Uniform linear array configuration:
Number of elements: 16
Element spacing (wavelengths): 1
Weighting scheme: cosine
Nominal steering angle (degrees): -30
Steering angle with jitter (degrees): -29.923
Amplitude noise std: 0.05
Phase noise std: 0.05

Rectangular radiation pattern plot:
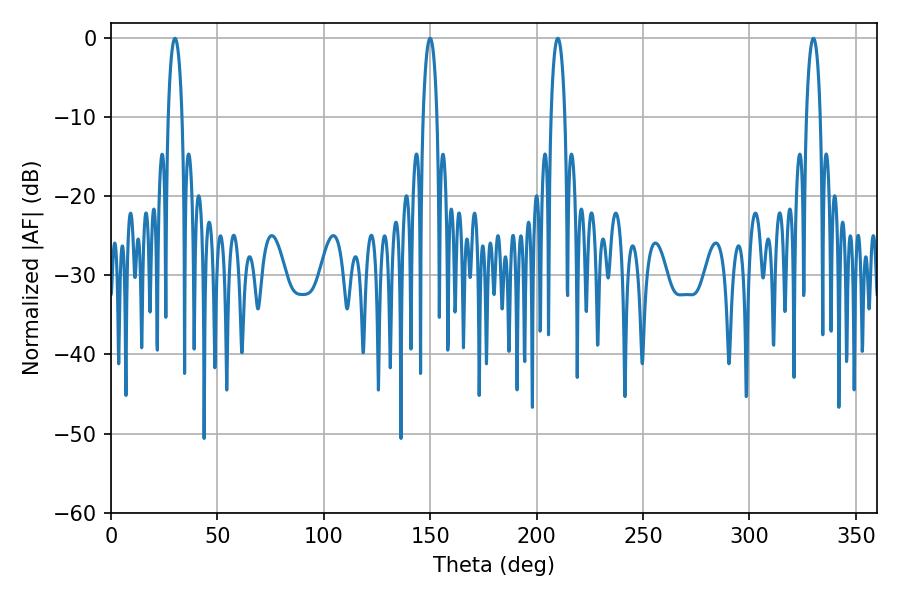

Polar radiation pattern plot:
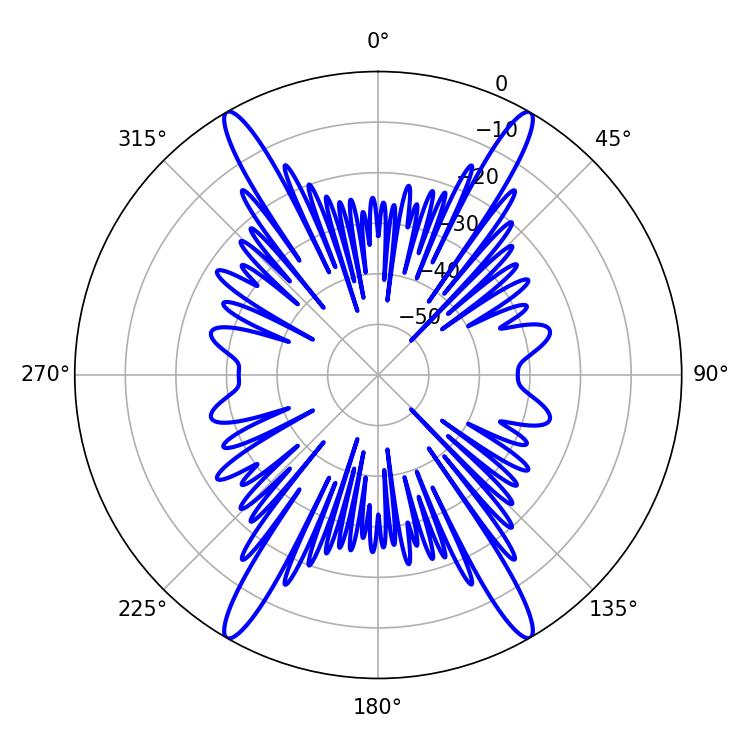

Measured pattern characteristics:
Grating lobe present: TRUE
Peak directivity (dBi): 40.327
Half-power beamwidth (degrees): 3.6
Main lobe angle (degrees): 30.06